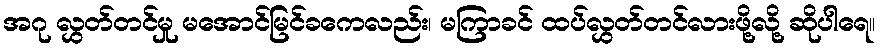
အဂု လွှတ်တင်မှု မအောင်မြင်ခကေလည်း၊ မကြာခင် ထပ်လွှတ်တင်လားဖို့လို့ ဆိုပါရေ။